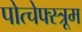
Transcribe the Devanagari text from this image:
पोत्चेफ्स्त्रूम